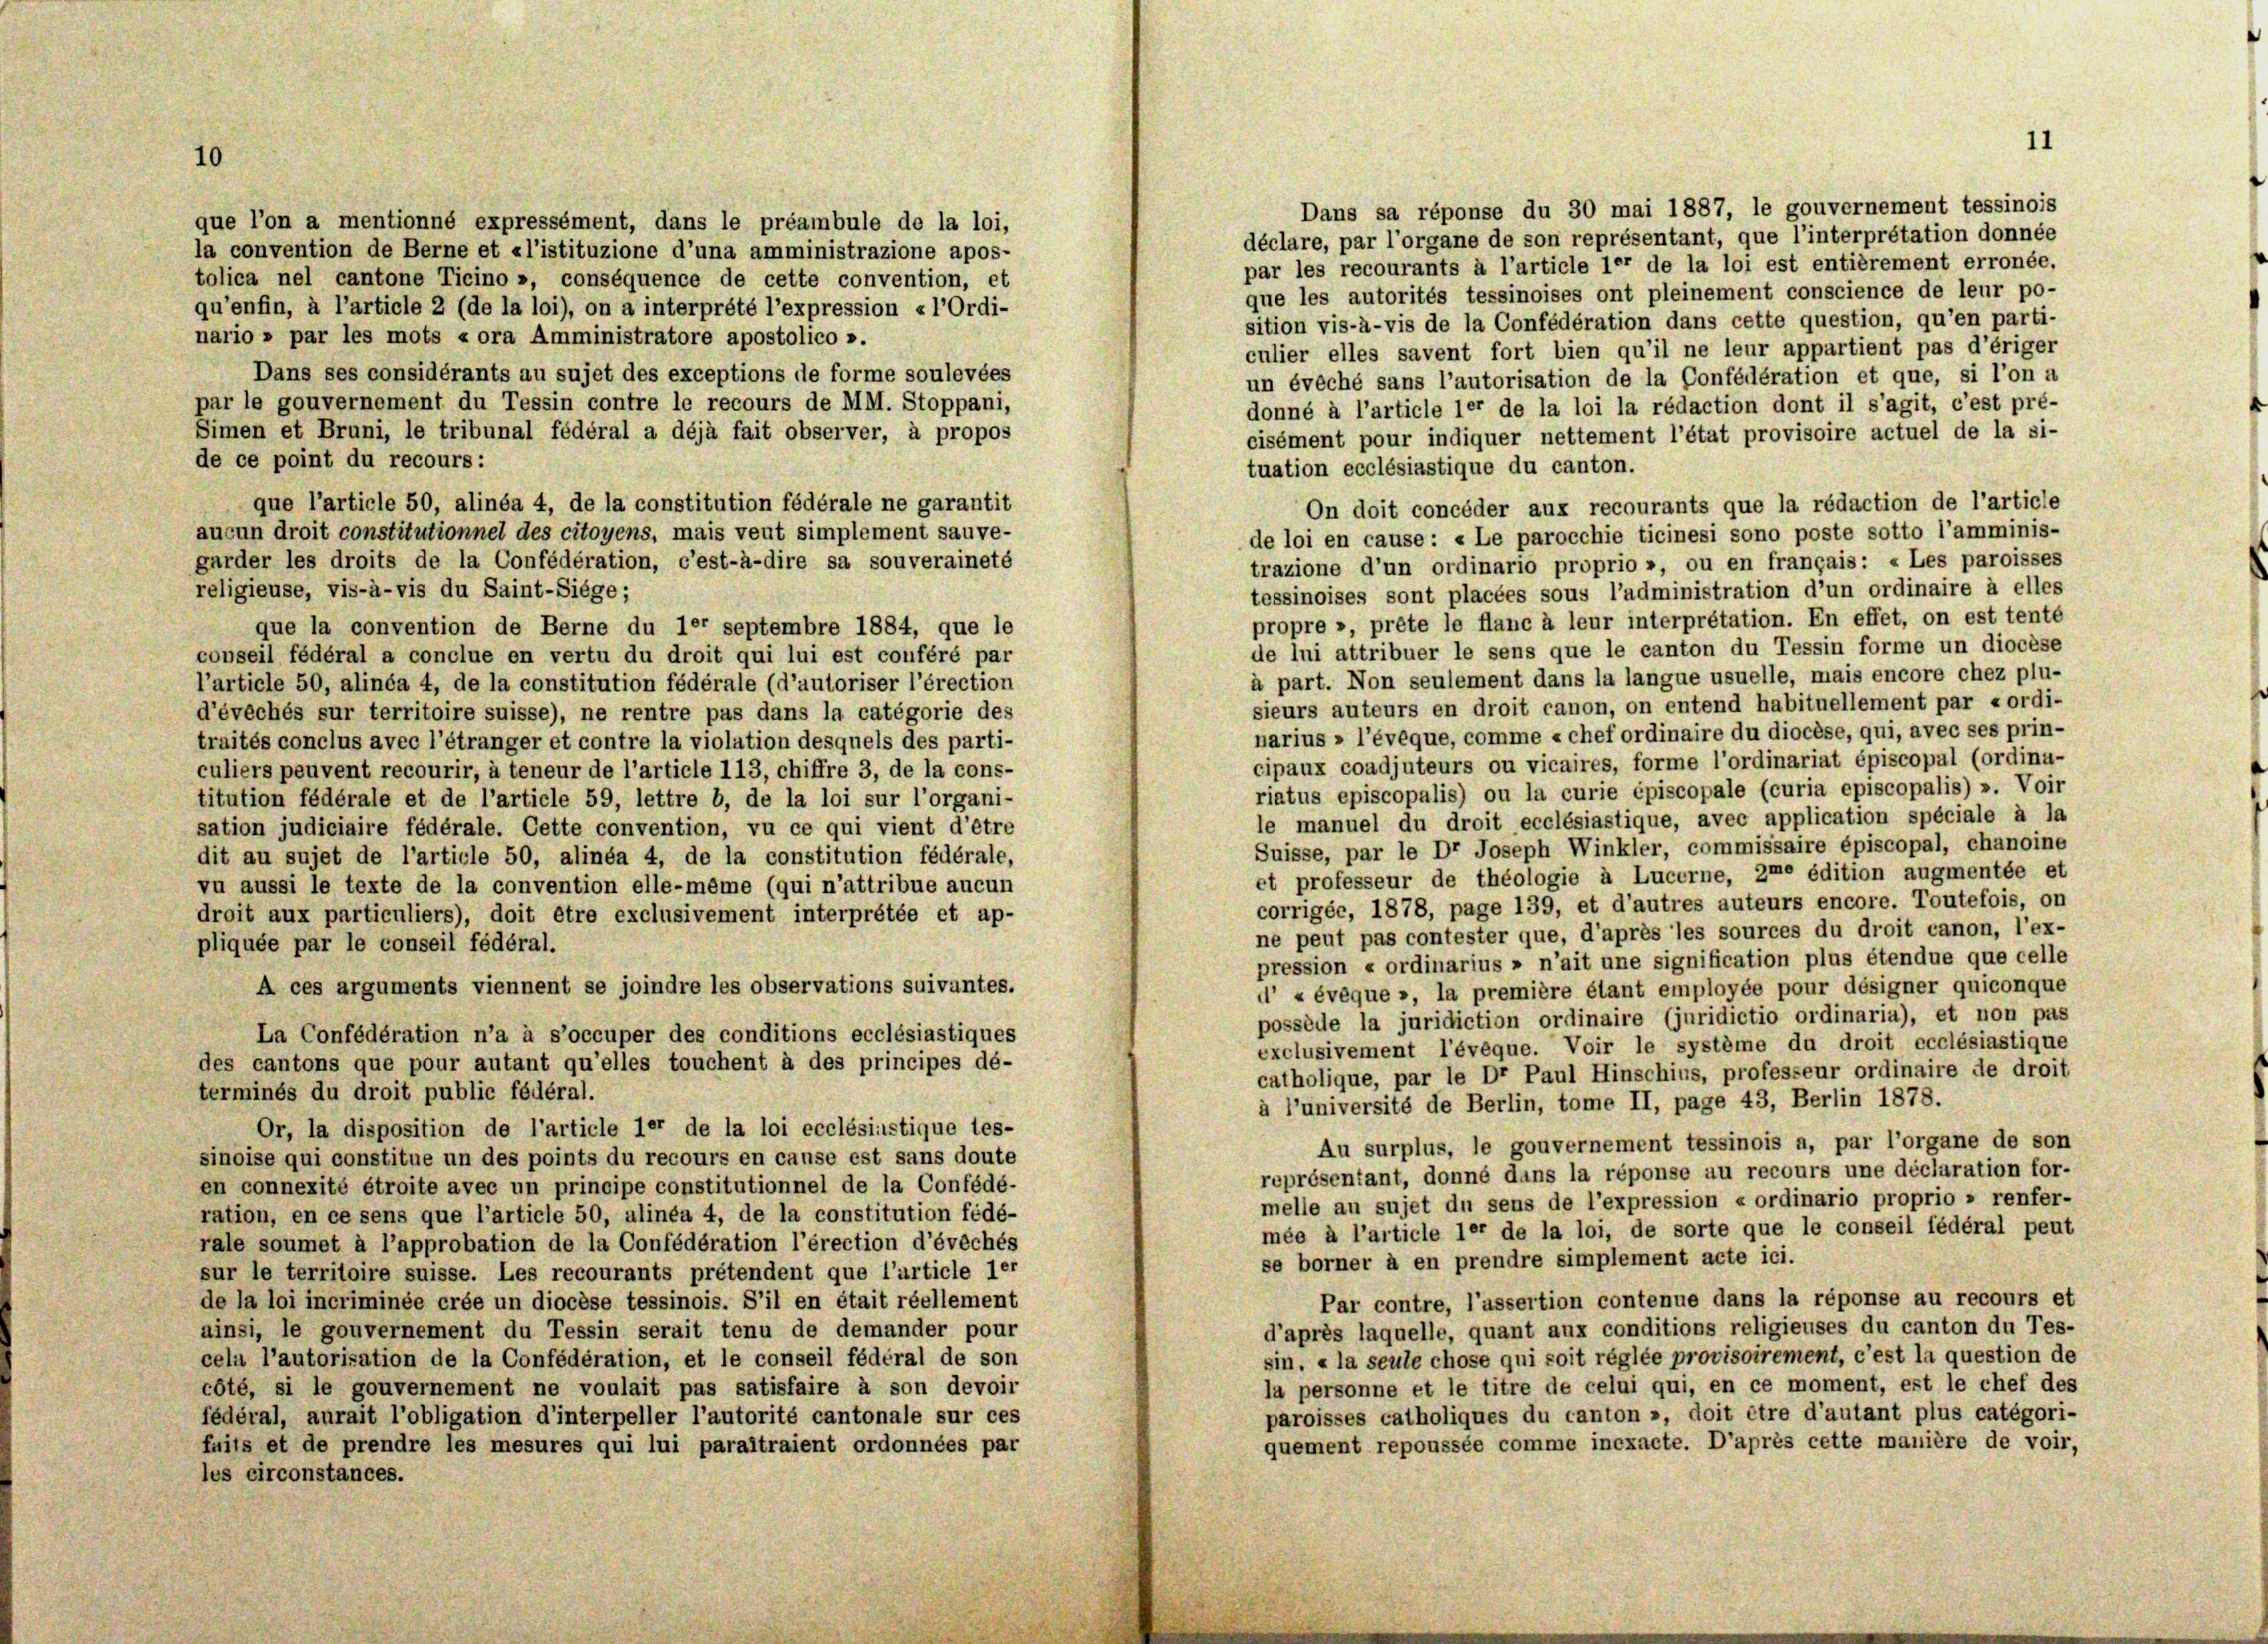
10

Dans sa réponse du 30 mai 1887, le gouvernement tessinois
que l’on a mentionné expressément, dans le préambule de la loi,
déclare, par l’organe de son représentant, que l’interpretation donnée
la convention de Berne et «l’istituzione d’una amministrazione apos-
par les recourants à l’article 1er de la loi est entièrement erronée.
tolica nel cantone Ticino », conséquence de cette convention, et
que les autorités tessinoises ont pleinement conscience de leur po-
qu’enfin, à l’article 2 (de la loi), on a interprété l’expression «l’Ordi-
sition vis-à-vis de la Confédération dans cette question, qu’en parti-
nario » par les mots « ora Amministratore apostolico ».
culier elles savent fort bien qu’il ne leur appartient pas d’ériger
Dans ses considérants au sujet des exceptions de forme soulevées
un évêché sans l’autorisation de la Confédération et que, si l’on a
par le gouvernement du Tessin contre le recours de MM. Stoppani,
donné à l’article 1er de la loi la rédaction dont il s’agit, c’est pré-
Simen et Bruni, le tribunal fédéral a déjà fait observer, à propos
cisément pour indiquer nettement l’état provisoire actuel de la si-
de ce point du recours:
tuation ecclésiastique du canton.
que l’article 50, alinéa 4, de la constitution fédérale ne garantit
On doit concéder aux recourants que la rédaction de l’article
aucun droit constitutionnel des citoyens, mais veut simplement sauve-
de loi en cause: «Le parocchie ticinesi sono poste sotto l’amminis-
garder les droits de la Confédération, c’est-à-dire sa souveraineté
trazione d’un ordinario proprio », ou en français: «Les paroisses
religieuse, vis-à-vis du Saint-Siége;
tessinoises sont placées sous l’administration d’un ordinaire à elles
propre », prête le flanc à leur interprétation. En effet, on est tenté
que la convention de Berne du 1er septembre 1884, que le
de lui attribuer le sens que le canton du Tessin forme un diocèse
conseil fédéral a conclue en vertu du droit qui lui est conféré par
à part. Non seulement dans la langue usuelle, mais encore chez plu-
l’article 50, alinéa 4, de la constitution fédérale (d’autoriser l’érection
sieurs auteurs en droit canon, on entend habituellement par «ordi-
d’évêchés sur territoire suisse), ne rentre pas dans la catégorie des
narius » l’évèque, comme « chef ordinaire du diocèse, qui, avec ses prin-
traités conclus avec l’étranger et contre la violation desquels des parti-
cipaux coadjuteurs ou vicaires, forme l’ordinariat épiscopal (ordina-
culiers peuvent recourir, à teneur de l’article 113, chiffre 3, de la cons-
riatus episcopalis) ou la curie épiscopale (curia episcopalis) ». Voir
titution fédérale et de l’article 59, lettre b, de la loi sur l’organi-
le manuel du droit ecclésiastique, avec application spéciale à la
sation judiciaire fédérale. Cette convention, vu ce qui vient d’être
Suisse, par le Dr Joseph Winkler, commissaire épiscopal, chanoine
dit au sujet de l’article 50, alinéa 4, de la constitution fédérale,
et professeur de théologie à Lucerne, 2te édition augmentée et
vu aussi le texte de la convention elle-même (qui n’attribue aucun
corrigée, 1878, page 139, et d’autres auteurs encore. Toutefois, on
droit aux particuliers), doit être exclusivement interprétée et ap-
ne peut pas contester que, d’après les sources du droit canon, l’ex-
pliquée par le conseil fédéral.
pression « ordinarius » n’ait une signification plus étendue que celle
A ces arguments viennent se joindre les observations suivantes.
d’ «évèque », la première étant employée pour désigner quiconque
possède la juridiction ordinaire (juridictio ordinaria), et non pas
La Confédération n’a à s’occuper des conditions ecclésiastiques
exclusivement l’évèque. Voir le système du droit ecclésiastique
des cantons que pour autant qu’elles touchent à des principes dé-
catholique, par le Dr Paul Hinschius, professeur ordinaire de droit
terminés du droit public fédéral.
à l’université de Berlin, tome II, page 43, Berlin 1878.
Or, la disposition de l’article 1er de la loi ecclésiastique tes-
Au surplus, le gouvernement tessinois a, par l’organe de son
sinoise qui constitue un des points du recours en cause est sans doute
représentant, donné dans la réponse au recours une déclaration for-
en connexité étroite avec un principe constitutionnel de la Confédé-
melle au sujet du sens de l’expression « ordinario proprio » renfer-
ration, en ce sens que l’article 50, alinea 4, de la constitution fédé-
mée à l’article 1er de la loi, de sorte que le conseil fédéral peut
rale soumet à l’approbation de la Confédération l’érection d’évechés
se borner à en prendre simplement acte ici.
sur le territoire suisse. Les recourants prétendent que l’article 1er
de la loi incriminée crée un diocèse tessinois. S’il en était réellement
Par contre, l’assertion contenue dans la réponse au recours et
d’après laquelle, quant aux conditions religieuses du canton du Tes-
ainsi, le gouvernement du Tessin serait tenu de demander pour
sin, « la seule chose qui soit réglée provisoirement, c’est la question de
cela l’autorisation de la Confédération, et le conseil fédéral de son
la personne et le titre de celui qui, en ce moment, est le chef des
côté, si le gouvernement ne voulait pas satisfaire à son devoir
paroisses catholiques du canton », doit être d’autant plus catégori-
fédéral, aurait l’obligation d’interpeller l’autorité cantonale sur ces
quement repoussée comme inexacte. D’après cette manière de voir,
fuits et de prendre les mesures qui lui paraîtraient ordonnées par
les circonstances.

1